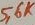
Text: 5,6K